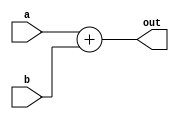
`timescale 1ns / 1ps
module Adder(a, b, out);
input [63:0] a;
input [63:0] b;
output reg [63:0] out;
always @ (*)
    out <= a + b;
endmodule